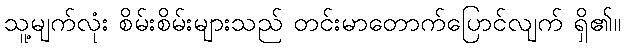
သူ့မျက်လုံး စိမ်းစိမ်းများသည် တင်းမာတောက်ပြောင်လျက် ရှိ၏။